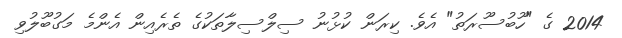
2014 ގެ "ހޫބުސޫރަތު" އެވެ. ކިރަން ކުޅުނު ސިލްސިލާތަކުގެ ތެރެއިން އެންމެ މަގުބޫލުވި